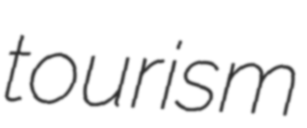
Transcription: tourism